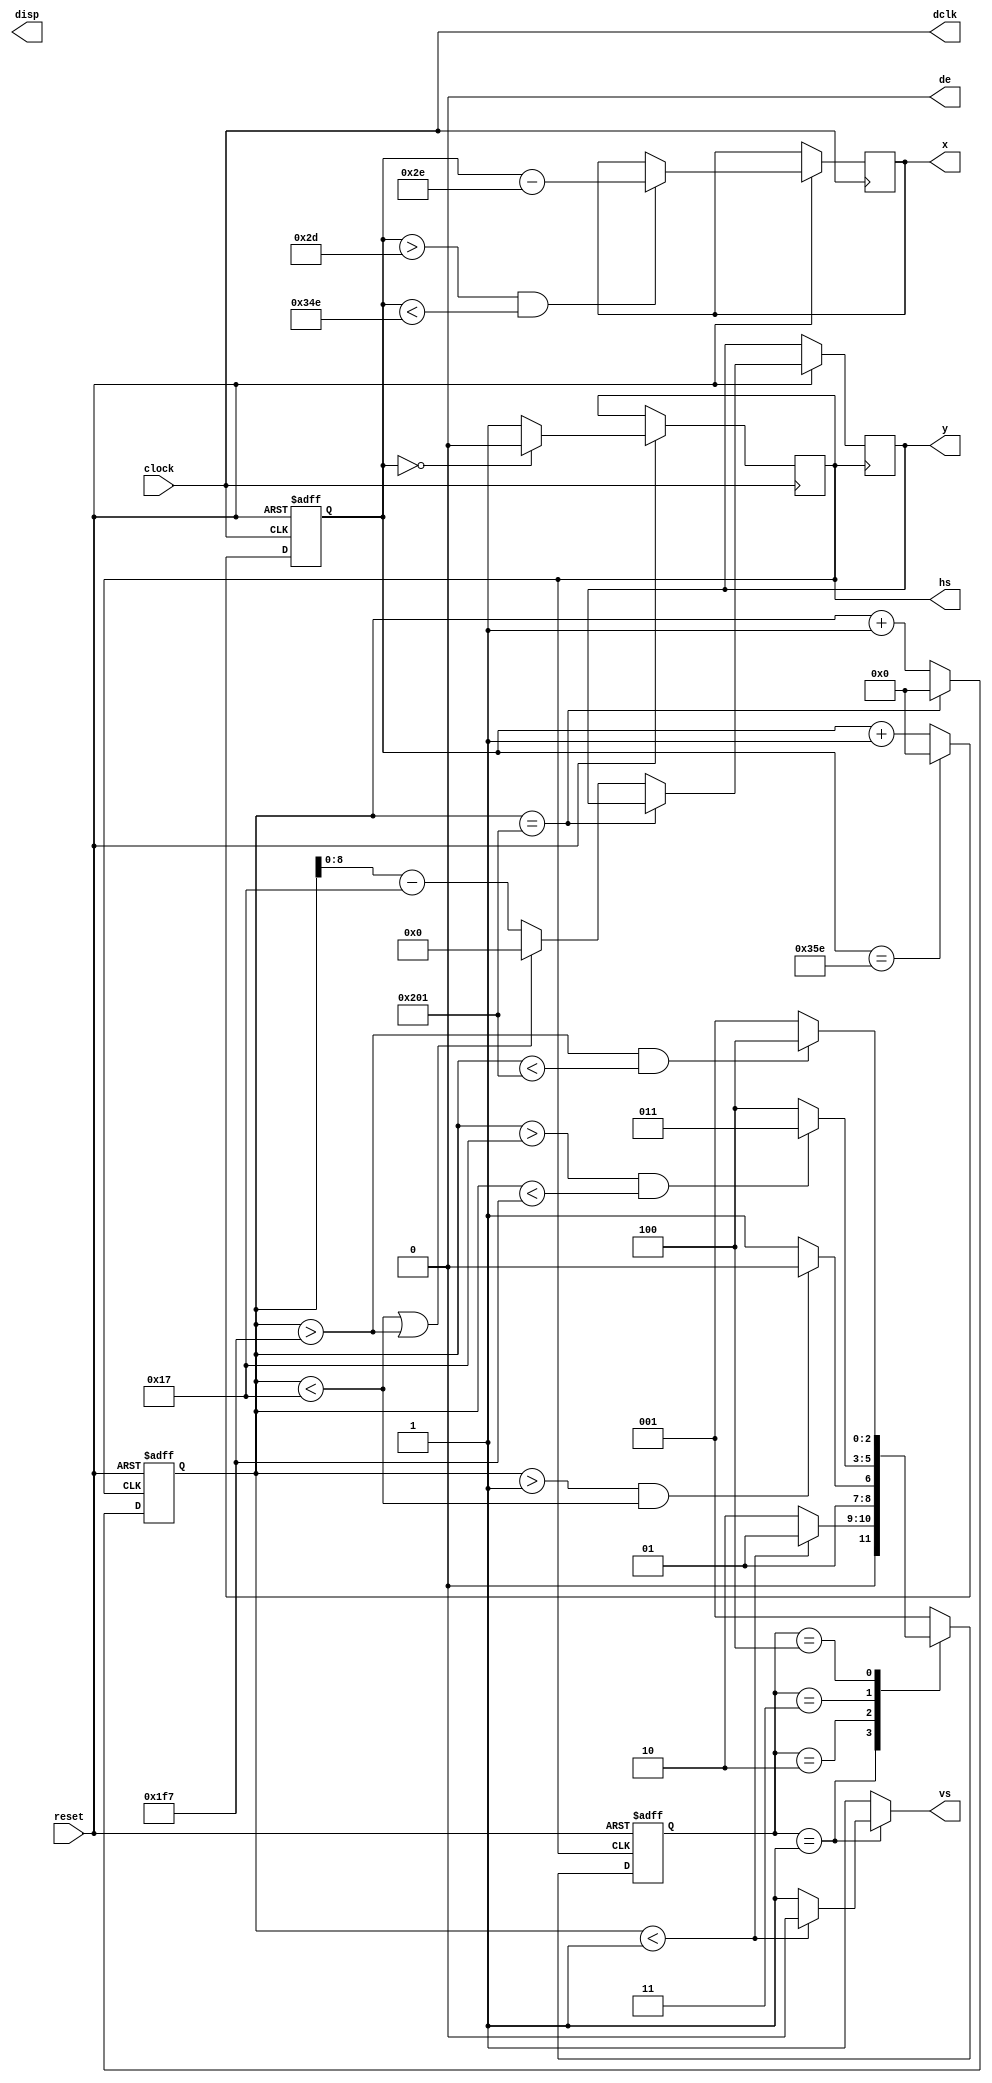
module tft(dclk, vs, hs, de, clock, reset, x, y, disp
	);//vs vertical sync input
	  //hs horizontal sync input
	  //data input enable
// output wire used in combinational output, where all the output
// comes out at the same time
// use minimum value in the datasheet if typ not given
input wire clock;
input wire reset;
//input wire redin[7:0];
//input wire greenin[7:0];
//input wire bluein[7:0];
//output reg red[7:0];//reg used in sequential output
//output reg green[7:0];
//output reg blue[7:0];
output reg vs;
output reg hs;
output wire de;
output wire dclk; 
output reg disp;
output reg [9:0]x;
output reg [8:0]y;

localparam one = 3'b001, two = 3'b010, three = 3'b011, four = 3'b100;

assign dclk = clock;
reg [9:0]counth;
reg [9:0]countv;
reg [2:0]state;
reg [2:0]next;
// reg [9:0]countx;
// reg [8:0]county;

//thpw = 20*dclk
// counth and tick as the input of the state machine
//assign tick  = 0;
assign de = 0;
// always @(posedge dclk) beginh <=0;
// 	end
// end 

//Hrizontal input timing 
always @(posedge dclk, negedge reset) begin
	if(!reset)
		counth <=0;	
	else
	begin
		if (counth == 0)
			hs <= 0;
		else hs <=1;
		if (counth > 45 && counth < 846 )
			begin
			x <= counth - 46;
			end
		if ( counth == 862)// RGB output enable
			counth <= 0;
		else
			counth <= counth + 1;
	end
end

// typedef enum {one, two, three, four} state, next;
always @(posedge hs, negedge reset) begin 
	if (!reset)//normally pull high
		begin
		state <= one;
		countv <= 0;
		end
	else
		begin 
		state <= next;
		if (countv == 513)
			countv <=0;
		else
			begin
			
			if (countv < 23 || countv > 503)
				y <= 0;
			else
				y <= countv - 23;
			countv <= countv + 1;
			end
		end
	
end

always@ (*) begin
	vs = 1;
	//no need to use else when state stays still
	case (state)
		one: begin
			if(countv < 1)
				begin
					next = one;
					vs = 0;
				end
				else
					next = two;
		end

		two: begin
			if(countv > 1 && countv < 23)
				begin
					next = two;
					vs = 1;
				end
			else
				next = three;
		end

		three: begin
				if(countv > 23 && countv < 503)
					begin
						next = three;
						vs = 1;
					end
				else
					next = four;
		end

		four: begin
				if(countv > 503 && countv < 513)
					begin 
						next = four;
						vs = 1;
					end
				else
					next = one;
		end

		default: next = one;
	endcase // state
end
endmodule // tft